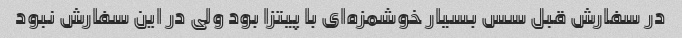
در سفارش قبل سس بسیار خوشمزه‌ای با پیتزا بود ولی در این سفارش نبود